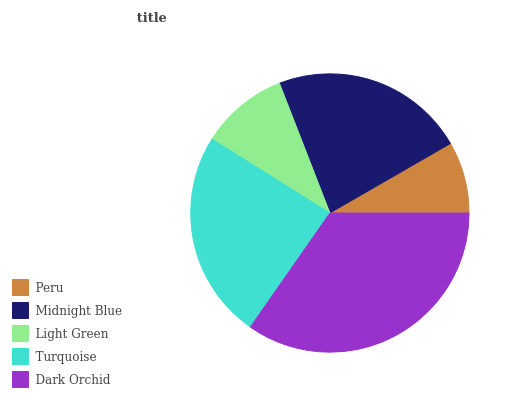
| Peru | Midnight Blue | Light Green | Turquoise | Dark Orchid |
 | --- | --- | --- | --- | --- |
 | 8.32% | 22.6% | 10.2% | 24.2% | 34.7% |